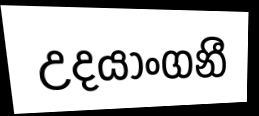
උදයාංගනී